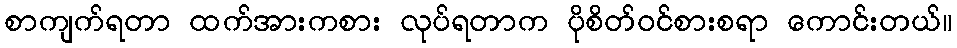
စာကျက်ရတာ ထက်အားကစား လုပ်ရတာက ပိုစိတ်ဝင်စားစရာ ကောင်းတယ်။